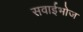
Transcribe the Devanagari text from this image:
सवाईभोज